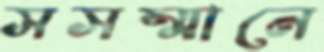
সসম্মানে